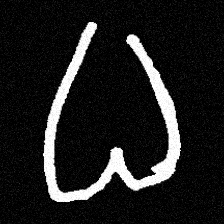
Pyu character \u2014 Myanmar letter: ဓ (romanized: dha)